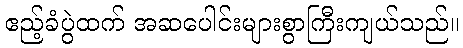
ဧည့်ခံပွဲထက် အဆပေါင်းများစွာကြီးကျယ်သည်။